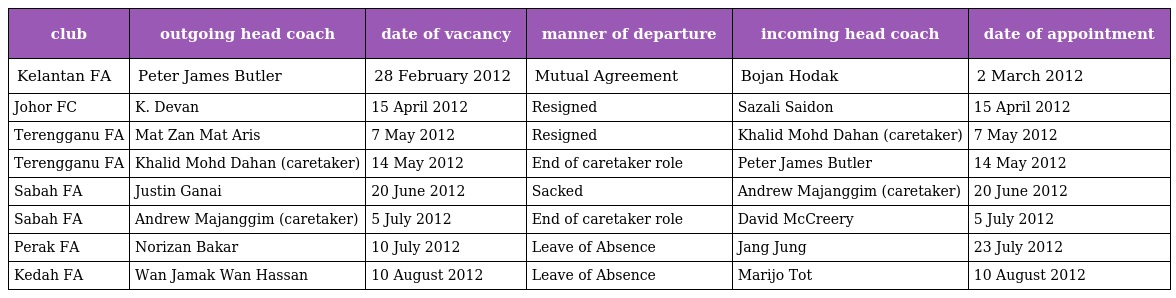
| club | outgoing head coach | date of vacancy | manner of departure | incoming head coach | date of appointment |
 | --- | --- | --- | --- | --- | --- |
 | Kelantan FA | Peter James Butler | 28 February 2012 | Mutual Agreement | Bojan Hodak | 2 March 2012 |
 | Johor FC | K. Devan | 15 April 2012 | Resigned | Sazali Saidon | 15 April 2012 |
 | Terengganu FA | Mat Zan Mat Aris | 7 May 2012 | Resigned | Khalid Mohd Dahan (caretaker) | 7 May 2012 |
 | Terengganu FA | Khalid Mohd Dahan (caretaker) | 14 May 2012 | End of caretaker role | Peter James Butler | 14 May 2012 |
 | Sabah FA | Justin Ganai | 20 June 2012 | Sacked | Andrew Majanggim (caretaker) | 20 June 2012 |
 | Sabah FA | Andrew Majanggim (caretaker) | 5 July 2012 | End of caretaker role | David McCreery | 5 July 2012 |
 | Perak FA | Norizan Bakar | 10 July 2012 | Leave of Absence | Jang Jung | 23 July 2012 |
 | Kedah FA | Wan Jamak Wan Hassan | 10 August 2012 | Leave of Absence | Marijo Tot | 10 August 2012 |